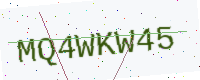
Text: MQ4WKW45